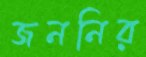
জননির